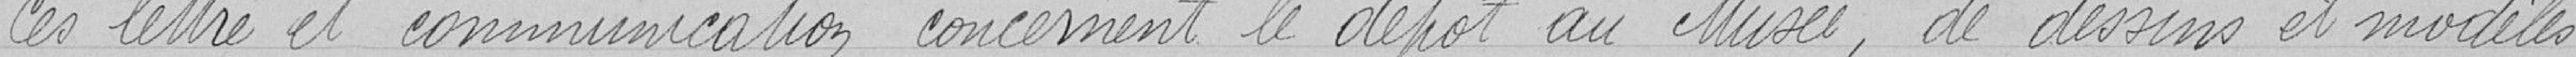
Ces lettres et communication concernent le dépôt au Musée, de dessins et modèles